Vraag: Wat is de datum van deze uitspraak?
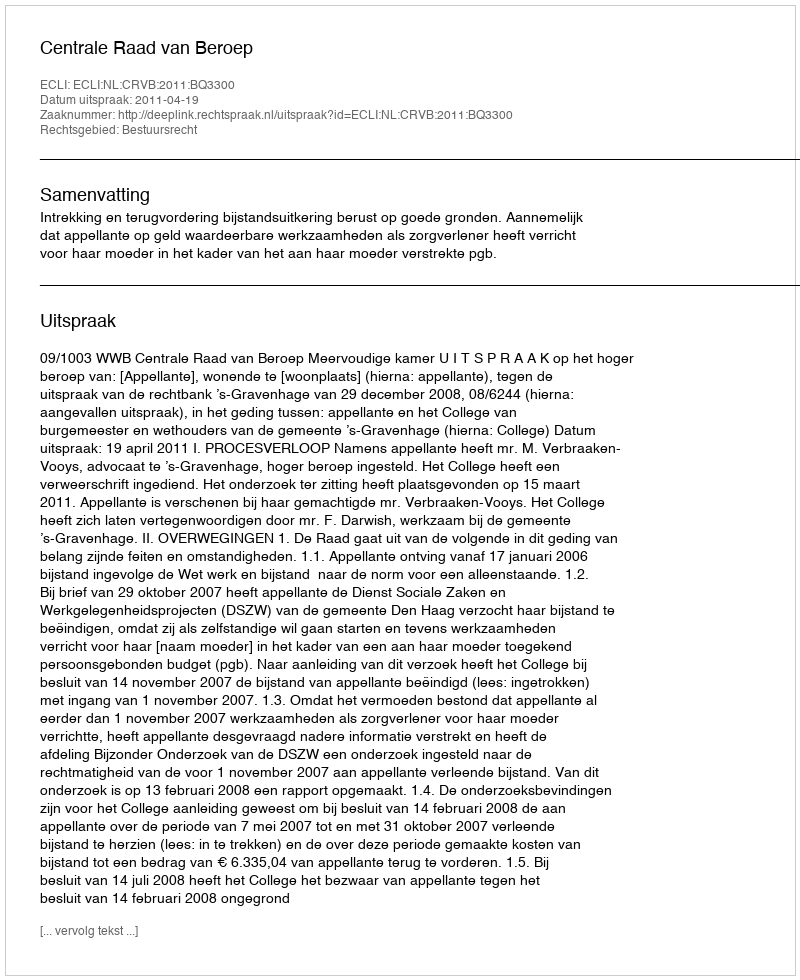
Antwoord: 2011-04-19